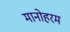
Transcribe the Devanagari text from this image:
मानोहरम